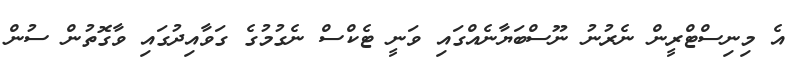
އެ މިނިސްޓްރީން ނެރުނު ނޫސްބަޔާނެއްގައި ވަނީ ޓެކްސް ނެގުމުގެ ގަވާއިދުގައި ވާގޮތުން ސުން